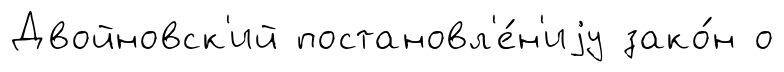
Двойновск'ий постановл'е́н'иjу зако́н о